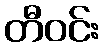
တီဝင်း